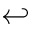
\hookleftarrow